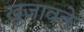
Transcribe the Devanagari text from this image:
खुजावते